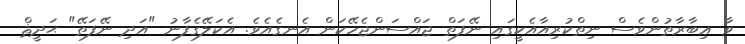
ވާ ޢިބާރާތުންވެސް ނިތްކުރިއާއެކީގައި ނޭފަތް ޖައްސަންޖެހޭކަން އެނގެއެވެ. އެކަލޭގެފާނު "އަދި ނޭފަތޭ" ޙަދީޘް